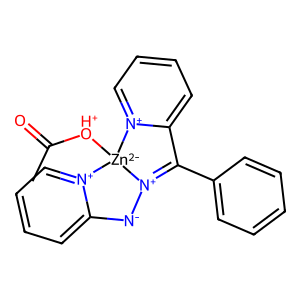
SMILES: CC(=O)[OH+][Zn-2]12[N+](=C(c3ccccc3)c3cccc[n+]31)[N-]c1cccc[n+]12
Inhibits HIV replication: No